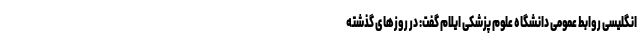
انگلیسی روابط عمومی دانشگاه علوم پزشکی ایلام گفت: در روزهای گذشته